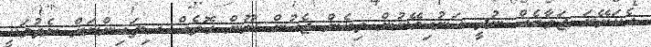
އެކަށޭނަ ޖަވާބެއް ނުދީ ހަނުހިމޭނުން ތިބެން ޖެހުން ނޫން ގޮތެއް ސިފައިންނަށް ނެތުމަކީ